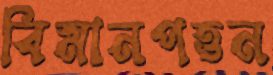
বিমানপত্তন